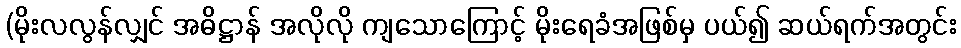
(မိုးလလွန်လျှင် အဓိဋ္ဌာန် အလိုလို ကျသောကြောင့် မိုးရေခံအဖြစ်မှ ပယ်၍ ဆယ်ရက်အတွင်း